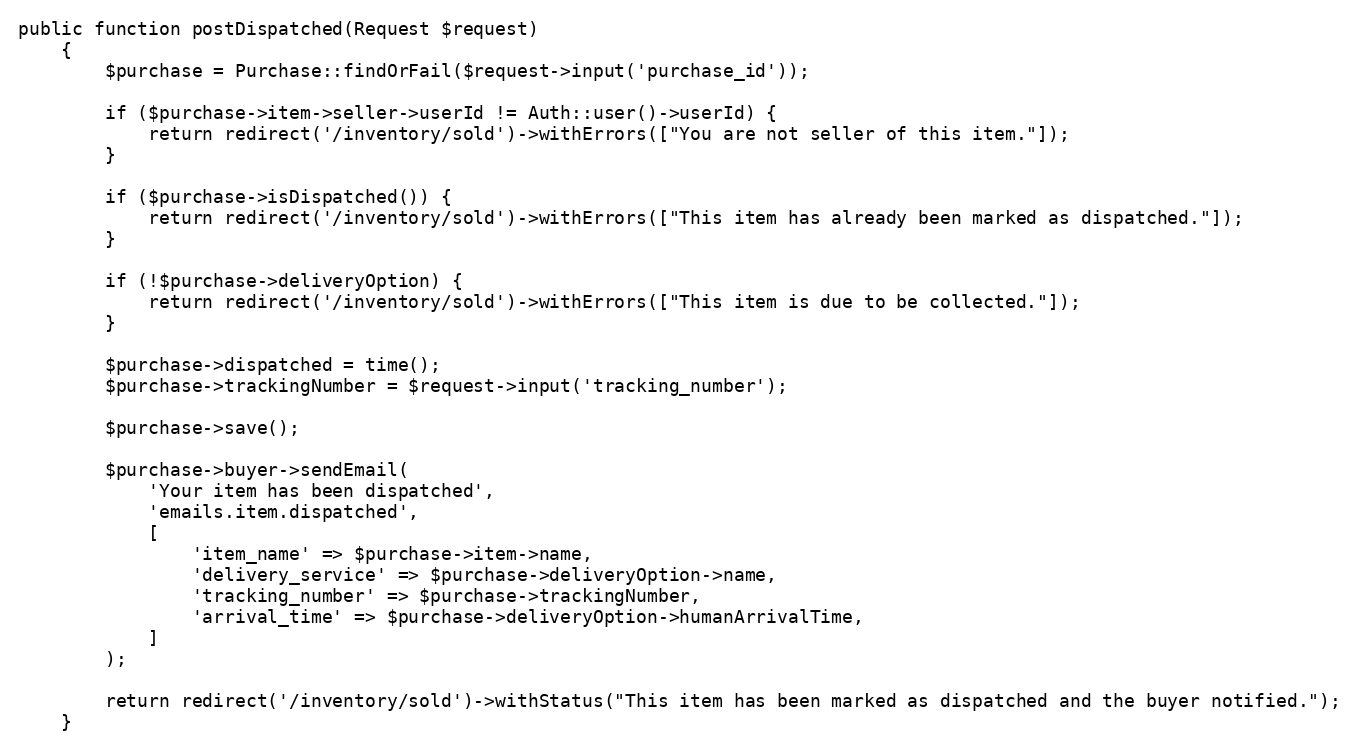
Language: PHP
public function postDispatched(Request $request)
    {
        $purchase = Purchase::findOrFail($request->input('purchase_id'));

        if ($purchase->item->seller->userId != Auth::user()->userId) {
            return redirect('/inventory/sold')->withErrors(["You are not seller of this item."]);
        }

        if ($purchase->isDispatched()) {
            return redirect('/inventory/sold')->withErrors(["This item has already been marked as dispatched."]);
        }

        if (!$purchase->deliveryOption) {
            return redirect('/inventory/sold')->withErrors(["This item is due to be collected."]);
        }

        $purchase->dispatched = time();
        $purchase->trackingNumber = $request->input('tracking_number');

        $purchase->save();

        $purchase->buyer->sendEmail(
            'Your item has been dispatched',
            'emails.item.dispatched',
            [
                'item_name' => $purchase->item->name,
                'delivery_service' => $purchase->deliveryOption->name,
                'tracking_number' => $purchase->trackingNumber,
                'arrival_time' => $purchase->deliveryOption->humanArrivalTime,
            ]
        );

        return redirect('/inventory/sold')->withStatus("This item has been marked as dispatched and the buyer notified.");
    }